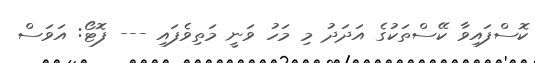
ކޮސްފައިވާ ކޭސްތަކުގެ އަދަދު މި މަހު ވަނީ މަތިވެފައި --- ފޮޓޯ: އަވަސް